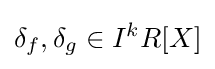
\delta _{f},\delta _{g}\in I^{k}R[X]